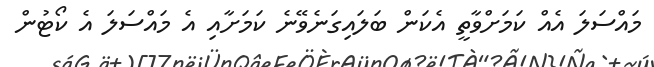
މައްސަލަ އެއް ކަމަށްވާތީ އެކަން ބަލައިގަނެވޭނެ ކަމަށާއި އެ މައްސަލަ އެ ކޯޓުން